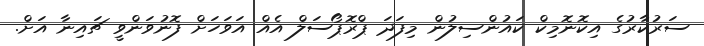
ސަރުކާރުގެ އިކޮނޮމިކް ކައުންސިލުން މިފަދަ ޕްރޮޕޯސަލް އެއް އަވަހަށް ފޮނުވަންވީ ޗައިނާ އަށް.